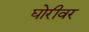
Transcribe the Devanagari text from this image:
घोरीवर